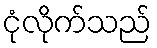
ငုံလိုက်သည်